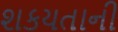
શકયતાની